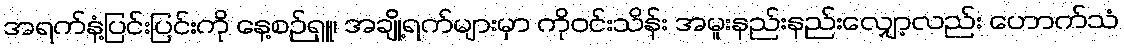
အရက်နံ့ပြင်းပြင်းကို နေ့စဉ်ရှူ၊ အချို့ရက်များမှာ ကိုဝင်းသိန်း အမူးနည်းနည်းလျှော့လည်း ဟောက်သံ